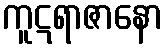
ကူဋရာဇာနော